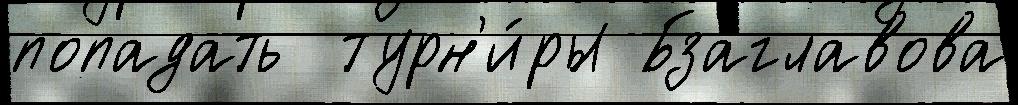
попадать  турн'и́ры Бзаглавова